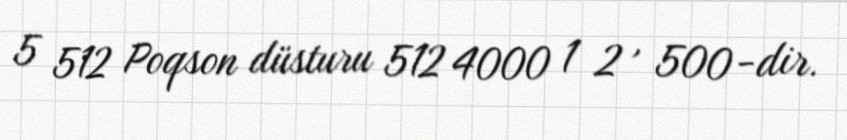
5 512 Poqson düsturu 512 4000 1 2 , 500 -dir.